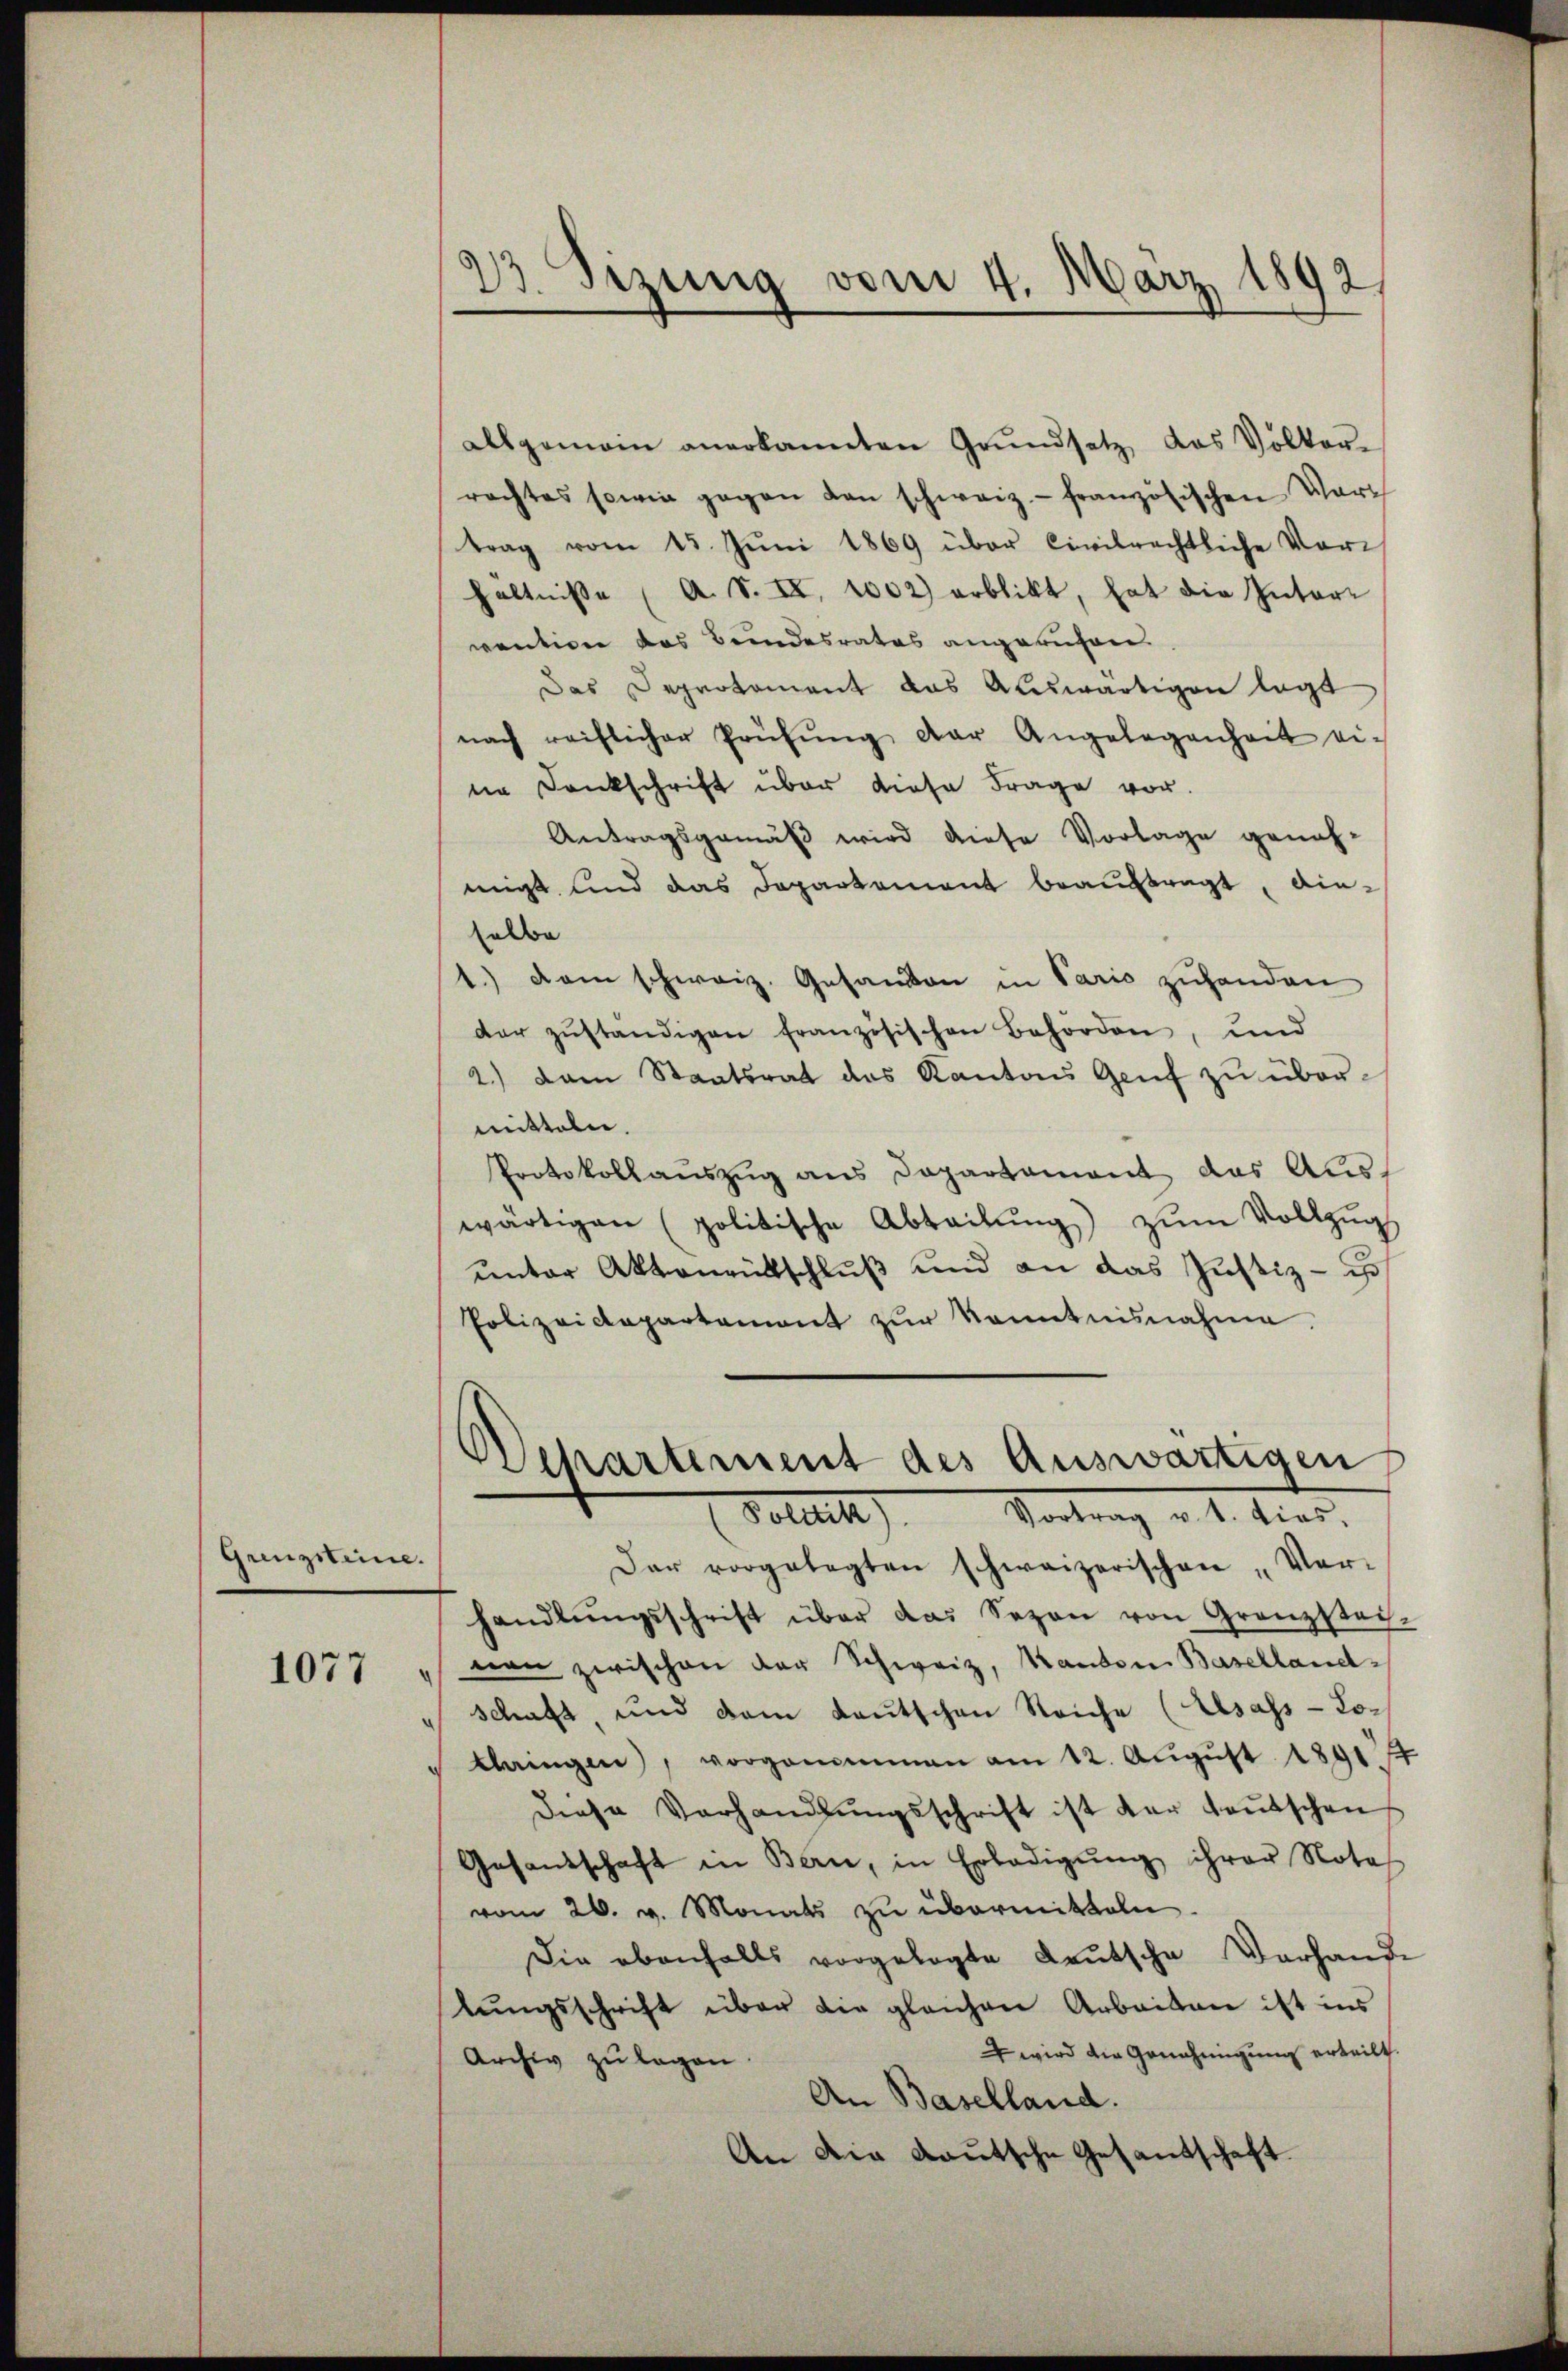
Grenzsteine.

1077

allgemein anerkannten Grŭndsetz das Völker-
rachtes sowie gegen den schweiz.- französischen Vorth
trag vom 15. Juni 1869 über Civilrechtliche Vorhältniße ( A. S. II. 1002) erblickt, hat die Intervention das Bundesrates angerufen.
Das Deprotoment das Auswärtigen legt
nach reiflicher Prüfŭng der Angelegenheit ei-
ne Dankschrift über diese Frage vor.
Antragsgemäß wird diese Vorlage geneh-
migt und das Departement beauftragt, dieselbe
1.) Dem schweiz. Gesandten in Pario zuhanden
der zŭständigen französischen Behörden, und
2.) Dann Staatsrat das Kantons Genf zu übermitteln.
Protokollauszug aus Dapartament das Auswärtigen (politische Abteilŭng zŭm Vollzugs
unter Aktenrütschluß und an das Justiz - is
Polizeidepartemont zŭr Kenntnisnahme.
Dchartement des Auswärtigen
Botut). Vortrag v. 1. dies
Dar vorgelegten schweizerischen Ver-
handlŭngsschrift über das Sezen von Grenzstech-
von zwischen der Schweiz, Kanton Basellandschaft, und dem Lautschen Reiche (Asass-Lotlangen), vorgenommen am 12. Aŭgŭst 1891
diese Verhandlŭngsschrift ist der Leŭtschen
Gesandtschaft in Bern, in Erledigŭng ihrer Nota
vom 26. v. Monats zu übermitteln.
Die ebenfalls vorgelegte Deutsche Vorhande
tŭngsschrift über die gleichen Arbeiten ist ins
 wird die Genehmigung erteilt.
Archiv zu legen
An Baselland.
An die deutsche Gesandschaft.

23. Sizung vom 4. März 1892,